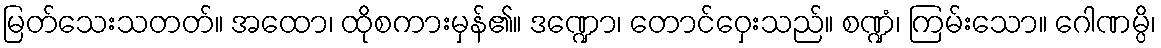
မြတ်သေးသတတ်။ အထော၊ ထိုစကားမှန်၏။ ဒဏ္ဍော၊ တောင်ဝှေးသည်။ စဏ္ဍံ၊ ကြမ်းသော။ ဂေါဏမ္ပိ၊